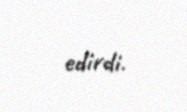
edirdi.